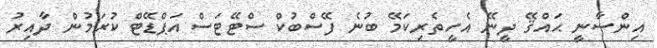
އިންސާނީ ޙައްޤޭ ދީނޭ އެހީތެރިކަމޭ ބުނެ ފޭސްބުކް ސްޓޭޓަސް އަޕްޑޭޓް ކުރަމުން ދާއިރު